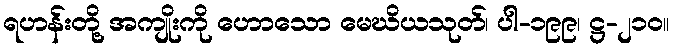
ရဟန်းတို့ အကျိုးကို ဟောသော မေဃိယသုတ်၊ ပါ-၁၉၉၊ ဋ္ဌ-၂၁၀။